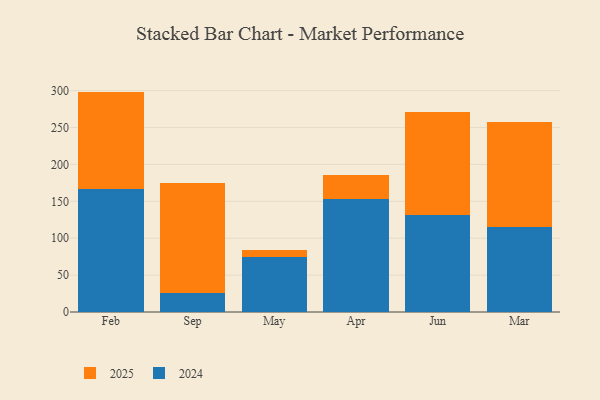
{"axis": {"x": "Month", "y": "Bounce Rate (%)"}, "legend": ["2024", "2025"], "data": [{"x": "Feb", "y": 166.3, "type": "2024"}, {"x": "Feb", "y": 132.4, "type": "2025"}, {"x": "Sep", "y": 25.1, "type": "2024"}, {"x": "Sep", "y": 150.2, "type": "2025"}, {"x": "May", "y": 75.2, "type": "2024"}, {"x": "May", "y": 8.3, "type": "2025"}, {"x": "Apr", "y": 152.7, "type": "2024"}, {"x": "Apr", "y": 33.2, "type": "2025"}, {"x": "Jun", "y": 131.3, "type": "2024"}, {"x": "Jun", "y": 139.5, "type": "2025"}, {"x": "Mar", "y": 115.1, "type": "2024"}, {"x": "Mar", "y": 142.1, "type": "2025"}]}